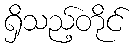
ရှိသည့်တိုင်